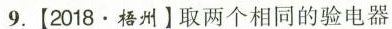
9.[2018·梧州】取两个相同的验电器